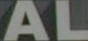
AL